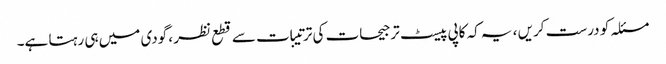
مسئلہ کو درست کریں ، یہ کہ کاپی پیسٹ ترجیحات کی ترتیبات سے قطع نظر ، گودی میں ہی رہتا ہے۔